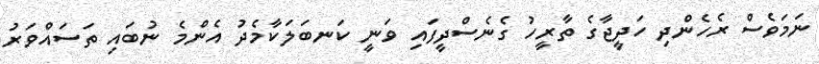
ނަމަވެސް ރެހެންދި ހަދީޖާގެ ތާރީހު ގެނެސްދީފައި ވަނީ ކަނބަލަކާމެދު އެންމެ ނުބައި ތަސައްވަރު